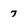
Character: 7